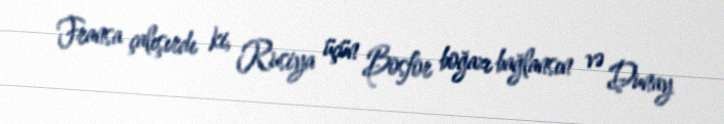
Fransa çalışırdı ki, Rusiya üçün Bosfor boğazı bağlansın və Dunay